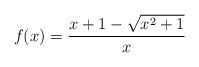
\begin{align*}f(x) = \frac{x+1-\sqrt{x^2+1}}{x}\end{align*}